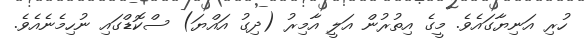
ހުރި އަނިޔާގައެވެ. މީގެ އިތުރުން އަލީ އާމިރު (ދިގު އައްޔަ) ސްކޮޑްގައި ނުހިމެނެއެވެ.